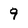
Character: 9